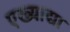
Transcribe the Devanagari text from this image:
एख्याद्या